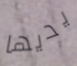
يديها